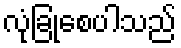
လုံခြုံစေပါသည်